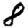
Digit: 8